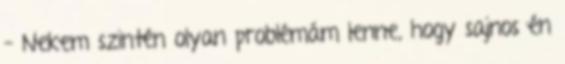
– Nekem szintén olyan problémám lenne, hogy sajnos én